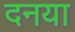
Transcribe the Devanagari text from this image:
दनया